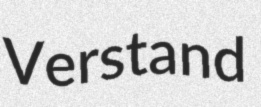
Verstand